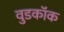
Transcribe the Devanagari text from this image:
वुडकॉक